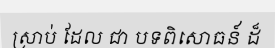
ស្រាប់ ដែល ជា បទពិសោធន៍ ដ៏